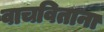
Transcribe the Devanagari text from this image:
वाचविताना